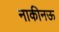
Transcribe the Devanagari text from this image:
नाकीनऊ